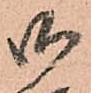
御